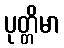
ပုတ္တိမာ